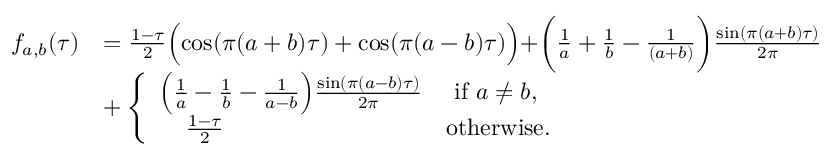
\begin{array} { r l } { f _ { a , b } ( \tau ) } & { = \frac { 1 - \tau } { 2 } \Bigl ( \cos ( \pi ( a + b ) \tau ) + \cos ( \pi ( a - b ) \tau ) \Bigr ) + \biggr ( \frac { 1 } { a } + \frac { 1 } { b } - \frac { 1 } { ( a + b ) } \biggr ) \frac { \sin ( \pi ( a + b ) \tau ) } { 2 \pi } } \\ & { + \left\{ \begin{array} { l l } { \Bigl ( \frac { 1 } { a } - \frac { 1 } { b } - \frac { 1 } { a - b } \Bigr ) \frac { \sin ( \pi ( a - b ) \tau ) } { 2 \pi } } & { \mathrm { ~ i f ~ } a \neq b , } \\ { \; \; \; \; \frac { 1 - \tau } { 2 } } & { \mathrm { o t h e r w i s e . } } \end{array} \right. } \end{array}